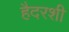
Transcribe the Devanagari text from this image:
हैदरशी